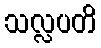
သလ္လပတိ